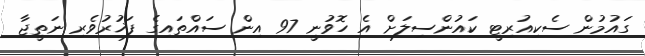
ގައުމުން ސެކިއުރިޓީ ކައުންސިލަށް އެ ހޮވުނީ 97 އިން ސައްތައިގެ ފަޚުރުވެރި ނަތީޖާ